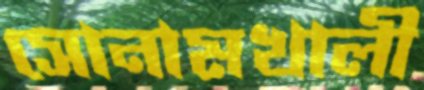
সোনামখালী